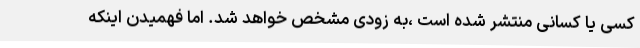
کسی یا کسانی منتشر شده است ،به زودی مشخص خواهد شد. اما فهمیدن اینکه